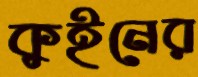
কুইনের